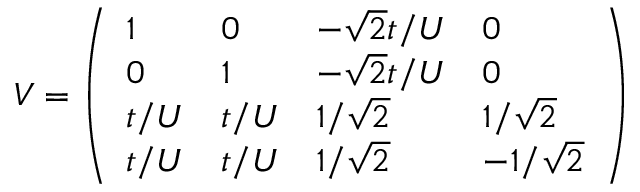
V = \left( \begin{array} { l l l l } { 1 } & { 0 } & { - \sqrt { 2 } t / U } & { 0 } \\ { 0 } & { 1 } & { - \sqrt { 2 } t / U } & { 0 } \\ { t / U } & { t / U } & { 1 / \sqrt { 2 } } & { 1 / \sqrt { 2 } } \\ { t / U } & { t / U } & { 1 / \sqrt { 2 } } & { - 1 / \sqrt { 2 } } \end{array} \right)